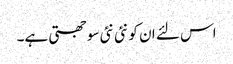
اس لئے ان کو نئی نئی سوجھتی ہے۔